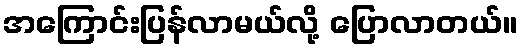
အကြောင်းပြန်လာမယ်လို့ ပြောလာတယ်။